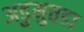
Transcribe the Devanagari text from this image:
अडुमुत्तडा